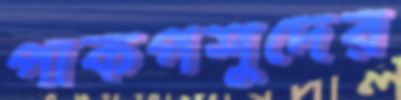
পাকপশুদের